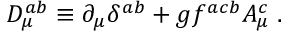
D _ { \mu } ^ { a b } \equiv \partial _ { \mu } \delta ^ { a b } + g f ^ { a c b } A _ { \mu } ^ { c } \; .